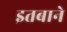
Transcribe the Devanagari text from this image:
इतबाने